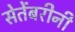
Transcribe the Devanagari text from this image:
सेतेंबरीनी